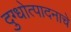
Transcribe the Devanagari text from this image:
दुग्धोत्पादनाचे